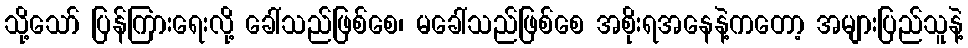
သို့သော် ပြန်ကြားရေးလို့ ခေါ်သည်ဖြစ်စေ၊ မခေါ်သည်ဖြစ်စေ အစိုးရအနေနဲ့ကတော့ အများပြည်သူနဲ့